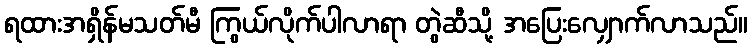
ရထားအရှိန်မသတ်မီ ကြွယ်လိုက်ပါလာရာ တွဲဆီသို့ အပြေးလျှောက်လာသည်။